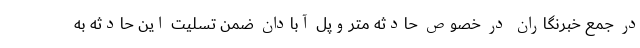
در جمع خبرنگاران در خصوص حادثه متروپل آبادان ضمن تسلیت این حادثه به